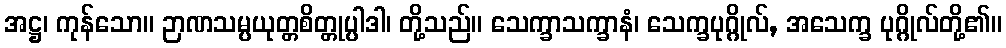
အဋ္ဌ၊ ကုန်သော။ ဉာဏသမ္ပယုတ္တစိတ္တုပ္ပါဒါ၊ တို့သည်။ သေက္ခာသက္ခာနံ၊ သေက္ခပုဂ္ဂိုလ်, အသေက္ခ ပုဂ္ဂိုလ်တို့၏။